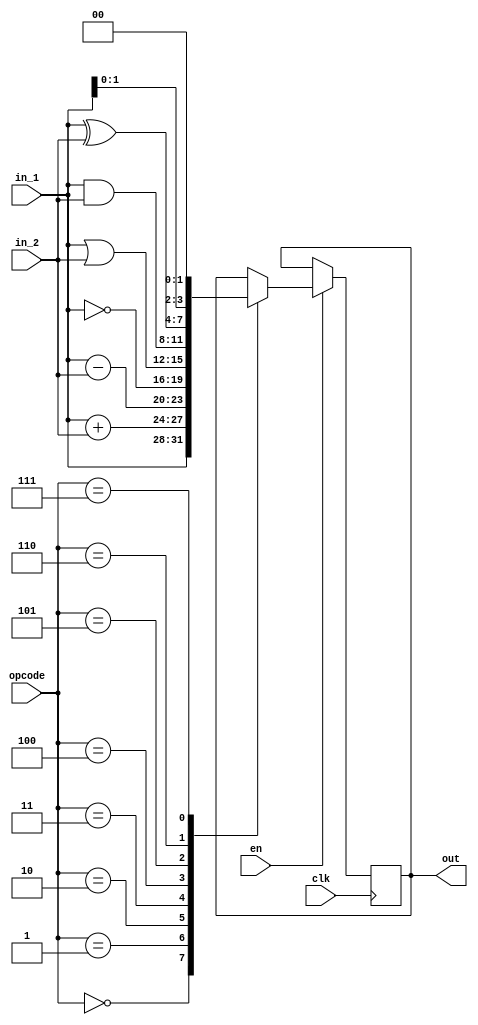
module alu(
    input wire clk,
    input wire en,
    input wire [7:0] opcode,
    input wire [3:0] in_1,
    input wire [3:0] in_2,
    output reg [3:0] out
);
 
always @(posedge clk) begin
    if (en) begin
        case (opcode) 
        8'b00000000: //Forward of first input
            out = in_1;
        8'b00000001: // Addition
            out = in_1 + in_2; 
        8'b00000010: // Subtraction
            out = in_1 - in_2;
        8'b00000011: // Logical NOT of first input
            out = ~in_1;
        8'b00000100: //Logical OR 
            out = in_1 | in_2;
        8'b00000101: //Logical AND
            out = in_1 & in_2;
        8'b00000110: //Logical XOR
            out = in_1 ^ in_2;
        8'b00000111: //left shift by two
            out = in_1<<2 ;
        endcase
    end
end

endmodule